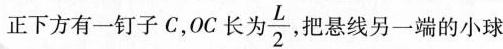
正下方有一钉子C，OC长为\frac{L}{2}，把悬线另一端的小球